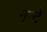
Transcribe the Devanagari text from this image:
नन्टे